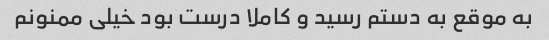
به موقع به دستم رسید و کاملا درست بود خیلی ممنونم